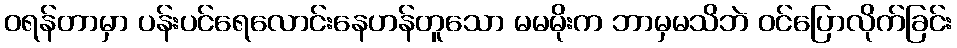
ဝရန်တာမှာ ပန်းပင်ရေလောင်းနေဟန်တူသော မမမိုးက ဘာမှမသိဘဲ ဝင်ပြောလိုက်ခြင်း